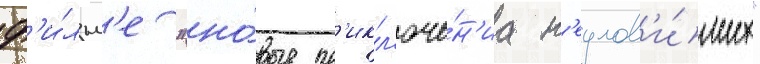
ф'и́льм'е "но́вые пр'икл'юче́н'иа н'еулов'и́мых"